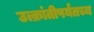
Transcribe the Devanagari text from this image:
उत्क्रांतीपर्यंतच्य